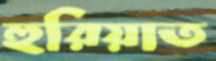
হুরিয়াত